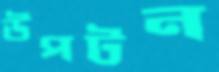
উপটন